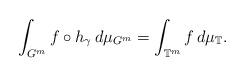
LaTeX: \begin{align*}\int_{G^m}f\circ h_{\gamma}\,d\mu_{G^m}=\int_{{\mathbb T}^m}f\,d\mu_{\mathbb T}.\end{align*}